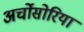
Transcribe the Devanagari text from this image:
अर्चोसोरिया